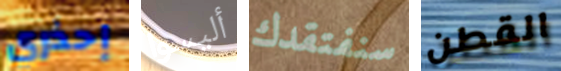
إحذري أليسوا سنفتقدك القطن